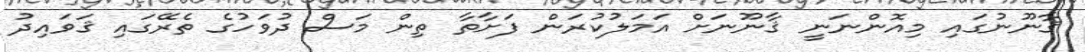
ޤާނޫނުގައި މިއޮންނަނީ ޤާނޫނަށް އަމަލުކުރަން ފަށާތާ ތިން މަސް ދުވަހުގެ ތެރޭގައި ޤަވައިދު